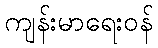
ကျန်းမာရေးဝန်